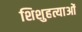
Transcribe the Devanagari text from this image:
शिशुहत्याओं